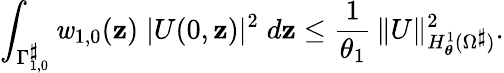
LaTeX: \displaystyle\int_{\Gamma_{1,0}^{\smash{\scriptstyle\sharp}}}\mathit{w}_{1,0}({\textit{{\textbf{{z}}}}})\; |U(0,{\textit{{\textbf{{z}}}}})|^{2}\; d{\textit{{\textbf{{z}}}}}\leq\frac{{1}}{{\theta_{1}}}\, \| U\| _{H_{\boldsymbol{\theta}}^{1}(\Omega^{\smash{\scriptstyle\sharp}})}^{2}.